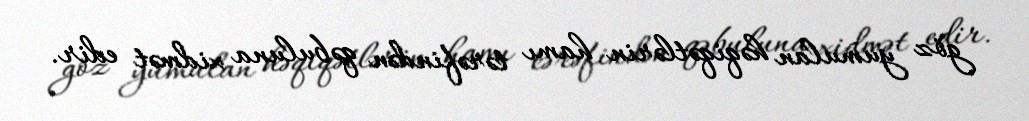
göz yumulan həqiqətlərin hamı tərəfindən qəbuluna xidmət edir.